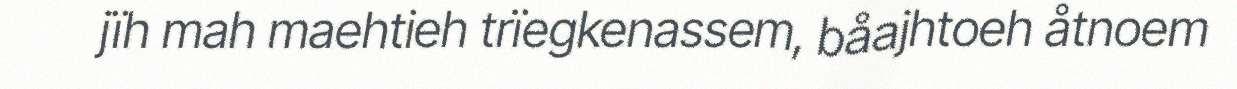
jïh mah maehtieh trïegkenassem, båajhtoeh åtnoem